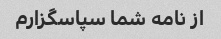
از نامه شما سپاسگزارم